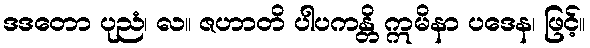
ဒဒတော ပုညံ၊ လ။ ဇဟာတိ ပါပကန္တိ ဣမိနာ ပဒေန၊ ဖြင့်။